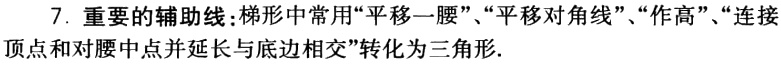
7. 重要的辅助线：梯形中常用“平移一腰”、“平移对角线”、“作高”、“连接顶点和对腰中点并延长与底边相交”转化为三角形.